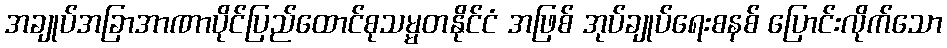
အချုပ်အခြာအာဏာပိုင်ပြည်ထောင်စုသမ္မတနိုင်ငံ အဖြစ် အုပ်ချုပ်ရေးစနစ် ပြောင်းလိုက်သော